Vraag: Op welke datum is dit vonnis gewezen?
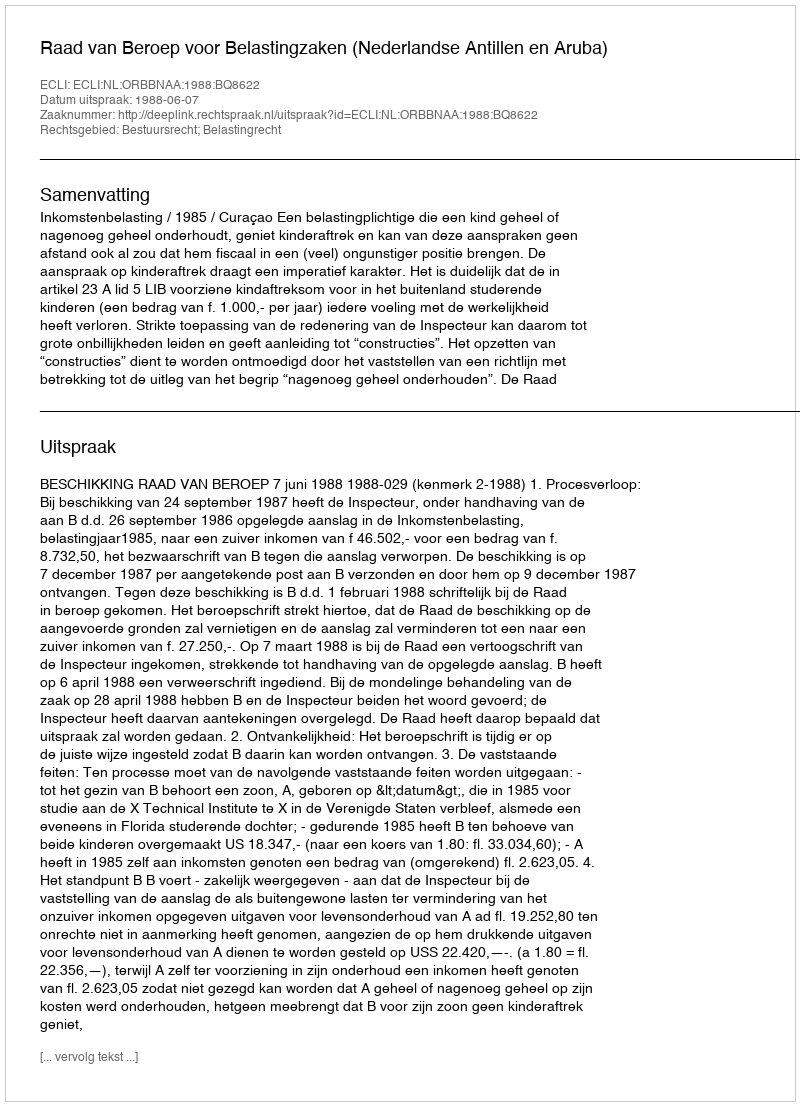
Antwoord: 1988-06-07